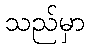
သည်မှာ